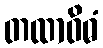
တထာဝိဓံ